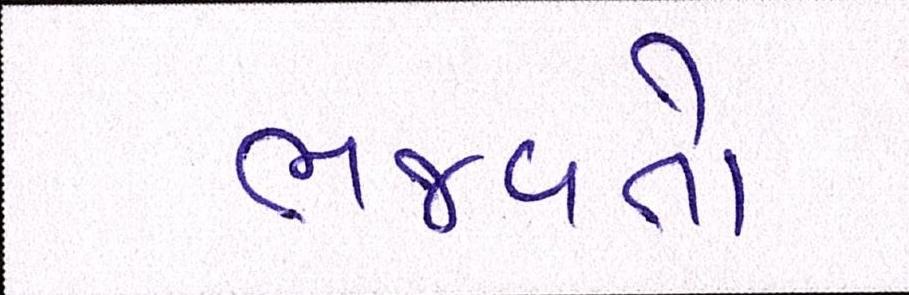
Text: ભજવતો